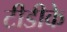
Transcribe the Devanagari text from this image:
टीडीके